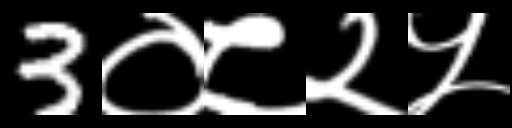
Text: 3०८२५